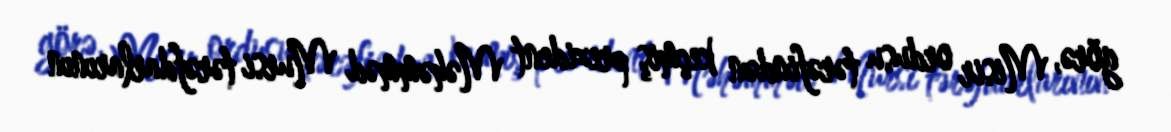
görə, Misir ordusu tərəfindən keçmiş prezident Məhəmməd Mursi tərəfdarlarının